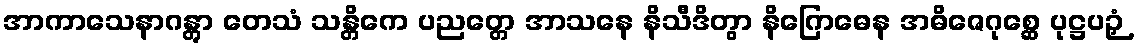
အာကာသေနာဂန္တွာ တေသံ သန္တိကေ ပညတ္တေ အာသနေ နိသီဒိတွာ နိဂြောဓေန အဓိဇေဂုစ္ဆေ ပုဋ္ဌပဉှံ